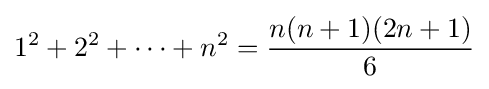
1^{2}+2^{2}+\cdots +n^{2}={n(n+1)(2n+1) \over 6}